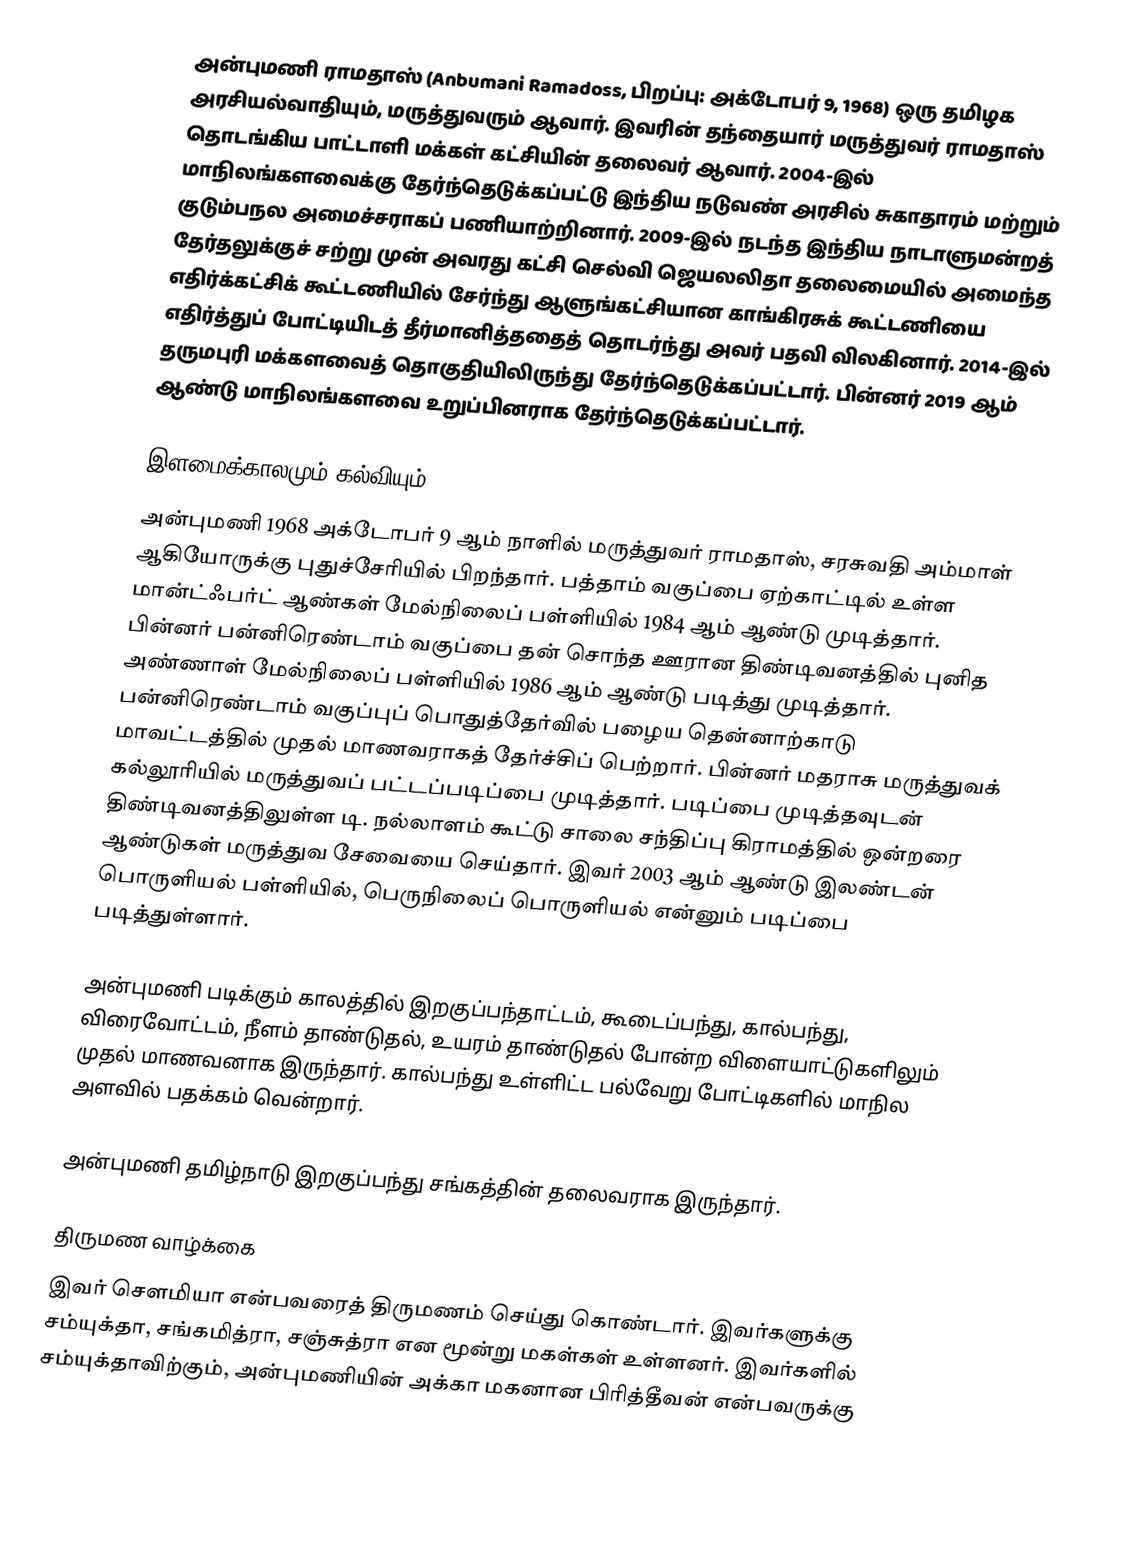
அன்புமணி ராமதாஸ் (Anbumani Ramadoss, பிறப்பு: அக்டோபர் 9, 1968) ஒரு தமிழக அரசியல்வாதியும், மருத்துவரும் ஆவார். இவரின் தந்தையார் மருத்துவர் ராமதாஸ் தொடங்கிய பாட்டாளி மக்கள் கட்சியின் தலைவர் ஆவார். 2004-இல் மாநிலங்களவைக்கு தேர்ந்தெடுக்கப்பட்டு இந்திய நடுவண் அரசில் சுகாதாரம் மற்றும் குடும்பநல அமைச்சராகப் பணியாற்றினார். 2009-இல் நடந்த இந்திய நாடாளுமன்றத் தேர்தலுக்குச் சற்று முன் அவரது கட்சி செல்வி ஜெயலலிதா தலைமையில் அமைந்த எதிர்க்கட்சிக் கூட்டணியில் சேர்ந்து ஆளுங்கட்சியான காங்கிரசுக் கூட்டணியை எதிர்த்துப் போட்டியிடத் தீர்மானித்ததைத் தொடர்ந்து அவர் பதவி விலகினார். 2014-இல் தருமபுரி மக்களவைத் தொகுதியிலிருந்து தேர்ந்தெடுக்கப்பட்டார். பின்னர் 2019 ஆம் ஆண்டு மாநிலங்களவை உறுப்பினராக தேர்ந்தெடுக்கப்பட்டார்.

இளமைக்காலமும் கல்வியும்
அன்புமணி 1968 அக்டோபர் 9 ஆம் நாளில் மருத்துவர் ராமதாஸ், சரசுவதி அம்மாள் ஆகியோருக்கு புதுச்சேரியில் பிறந்தார். பத்தாம் வகுப்பை ஏற்காட்டில் உள்ள மான்ட்ஃபர்ட் ஆண்கள் மேல்நிலைப் பள்ளியில் 1984 ஆம் ஆண்டு முடித்தார். பின்னர் பன்னிரெண்டாம் வகுப்பை தன் சொந்த ஊரான திண்டிவனத்தில் புனித அண்ணாள் மேல்நிலைப் பள்ளியில் 1986 ஆம் ஆண்டு படித்து முடித்தார். பன்னிரெண்டாம் வகுப்புப் பொதுத்தேர்வில் பழைய தென்னாற்காடு மாவட்டத்தில் முதல் மாணவராகத் தேர்ச்சிப் பெற்றார். பின்னர் மதராசு மருத்துவக் கல்லூரியில் மருத்துவப் பட்டப்படிப்பை முடித்தார். படிப்பை முடித்தவுடன் திண்டிவனத்திலுள்ள டி. நல்லாளம் கூட்டு சாலை சந்திப்பு கிராமத்தில் ஒன்றரை ஆண்டுகள் மருத்துவ சேவையை செய்தார். இவர் 2003 ஆம் ஆண்டு இலண்டன் பொருளியல் பள்ளியில்,  பெருநிலைப் பொருளியல் என்னும் படிப்பை படித்துள்ளார்.

அன்புமணி படிக்கும் காலத்தில் இறகுப்பந்தாட்டம், கூடைப்பந்து, கால்பந்து, விரைவோட்டம், நீளம் தாண்டுதல், உயரம் தாண்டுதல் போன்ற விளையாட்டுகளிலும் முதல் மாணவனாக இருந்தார். கால்பந்து உள்ளிட்ட பல்வேறு போட்டிகளில் மாநில அளவில் பதக்கம் வென்றார்.

அன்புமணி தமிழ்நாடு இறகுப்பந்து சங்கத்தின் தலைவராக இருந்தார்.

திருமண வாழ்க்கை
இவர் சௌமியா என்பவரைத் திருமணம் செய்து கொண்டார். இவர்களுக்கு சம்யுக்தா, சங்கமித்ரா, சஞ்சுத்ரா என மூன்று மகள்கள் உள்ளனர். இவர்களில்  சம்யுக்தாவிற்கும், அன்புமணியின் அக்கா மகனான பிரித்தீவன் என்பவருக்கு